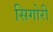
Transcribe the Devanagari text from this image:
सिगोरी